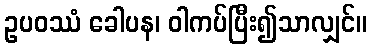
ဥပဝဿံ ခေါပန၊ ဝါကပ်ပြီး၍သာလျှင်။